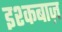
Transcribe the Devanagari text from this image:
इश्कबाज़